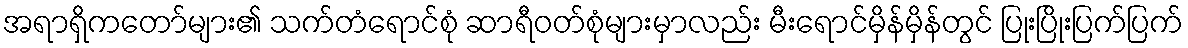
အရာရှိကတော်များ၏ သက်တံရောင်စုံ ဆာရီဝတ်စုံများမှာလည်း မီးရောင်မှိန်မှိန်တွင် ပြုးပြိုးပြက်ပြက်